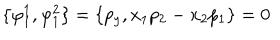
\{ \varphi _ { 1 } ^ { 1 } , \varphi _ { 1 } ^ { 2 } \} = \{ p _ { y } , x _ { 1 } p _ { 2 } - x _ { 2 } p _ { 1 } \} = 0